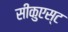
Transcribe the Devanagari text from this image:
सीकुएस्ट